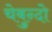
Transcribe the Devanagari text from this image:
चेबुन्दो